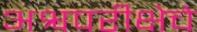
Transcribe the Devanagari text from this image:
अश्वपरीक्षेचे